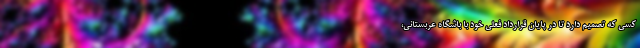
کسی که تصمیم دارد تا در پایان قرارداد فعلی خود با باشگاه عربستانی،